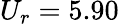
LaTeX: U_{r}=5.90